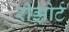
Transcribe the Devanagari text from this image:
रीझोर्ट